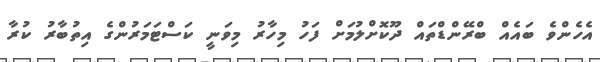
އެހެންވެ ބައެއް ބްރޭންޑްތައް ދޫކޮށްލުމަށް ފަހު މިހާރު މިވަނީ ކަސްޓަމަރުންގެ އިތުބާރު ކުރާ